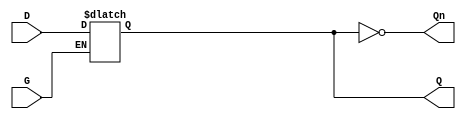
module GatedTransparentLatch (
    input wire D,    // Data Input
    input wire G,    // Gate/Enable Signal
    output reg Q,    // Output
    output wire Qn   // Complement Output
);

// Complement output
assign Qn = ~Q;

// Always block for latch behavior
always @(*) begin
    if (G) begin
        Q = D;  // When G is high, Q follows D
    end
    // When G is low, Q retains its previous value (hold state)
end

endmodule